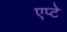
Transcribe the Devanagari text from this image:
एप्टे